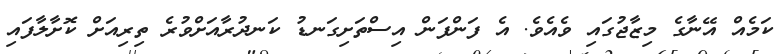
ކަމެއް އޭނާގެ މިޒާޖުގައި ވެއެވެ. އެ ފަންފަން އިސްތަށިގަނޑު ކަނދުރާއަށްވުރެ ތިރިއަށް ކޮށާލާފައި